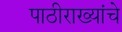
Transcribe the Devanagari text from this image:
पाठीराख्यांचे